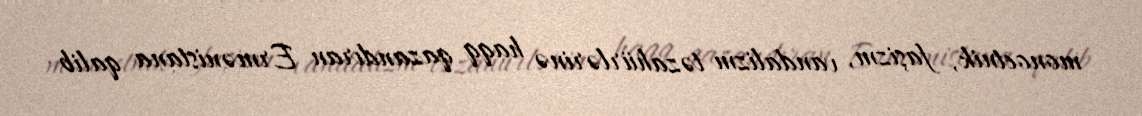
monoetnik, faşizm, vandalizm təzahürlərinə haqq qazandıran Ermənistana qalib